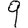
Digit: 9